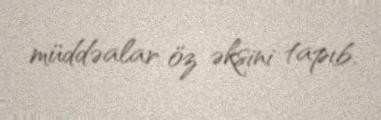
müddəalar öz əksini tapıb.